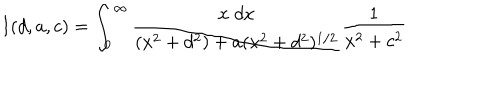
LaTeX: I ( d , a , c ) = \int _ { 0 } ^ { \infty } { \frac { x \; d x } { ( x ^ { 2 } + d ^ { 2 } ) + a ( x ^ { 2 } + d ^ { 2 } ) ^ { 1 / 2 } } } { \frac { 1 } { x ^ { 2 } + c ^ { 2 } } }